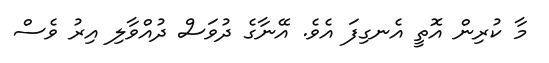
މާ ކުރިން އޮތީ އެނގިފަ އެވެ. އޭނާގެ ދުވަސް ދުއްވާލި އިރު ވެސް